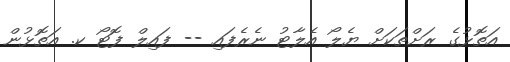
އަތޮޅުގެ ރަށްތަކަށް ޔެލޯ އެލާޓު ނެރެފައި -- ފައިލް ފޮޓޯ ކ. އަތޮޅުން